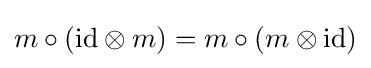
m\circ ({\operatorname {id} }\otimes m)=m\circ (m\otimes \operatorname {id} )